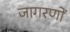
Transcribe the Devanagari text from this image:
जागरणों